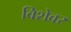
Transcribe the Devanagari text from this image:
विशेवर